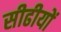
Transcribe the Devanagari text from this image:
सीढीयों